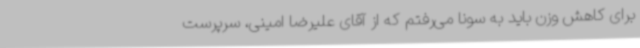
برای کاهش وزن باید به سونا می‌رفتم که از آقای علیرضا امینی، سرپرست